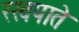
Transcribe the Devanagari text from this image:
रखपाते